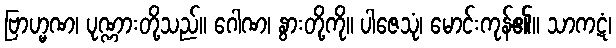
ဗြာဟ္မဏ၊ ပုဏ္ဏားတို့သည်။ ဂေါဏ၊ နွားတို့ကို။ ပါဇေသုံ၊ မောင်းကုန်၏။ သာကဋံ၊